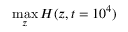
\operatorname* { m a x } _ { z } H ( z , t = 1 0 ^ { 4 } )